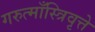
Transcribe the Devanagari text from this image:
गरुत्माँस्त्रिवृत्ते